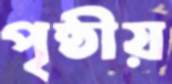
পৃষ্ঠীয়